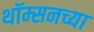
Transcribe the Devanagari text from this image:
थॉम्सनच्या